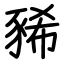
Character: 豨